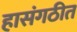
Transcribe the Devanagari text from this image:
हासंगठीत